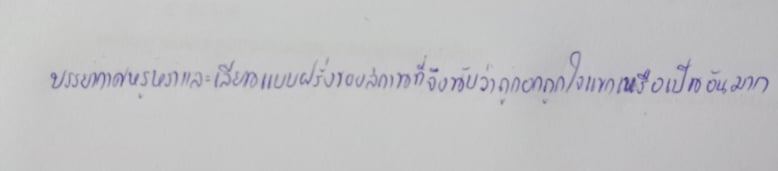
บรรยากาศหรูหราและเลียนแบบฝรั่งของสถานที่จึงนับว่าถูกอกถูกใจแขกเหรื่อเป็นอันมาก